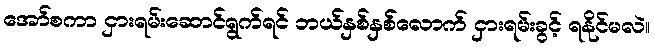
အော်စကာ ငှားရမ်းဆောင်ရွက်ရင် ဘယ်နှစ်နှစ်လောက် ငှားရမ်းခွင့် ရနိုင်မလဲ။